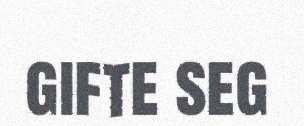
gifte seg